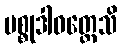
ပစ္စုဒါဝတ္တေသိ